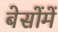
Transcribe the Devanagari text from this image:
बेसोंमें